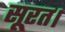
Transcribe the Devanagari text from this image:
सूरत।